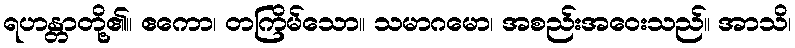
ရဟန္တာတို့၏။ ဧကော၊ တကြိမ်သော။ သမာဂမော၊ အစည်းအဝေးသည်။ အာသိ၊